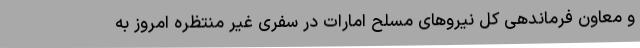
و معاون فرماندهی کل نیروهای مسلح امارات در سفری غیر منتظره امروز به